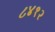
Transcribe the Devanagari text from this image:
८४१२